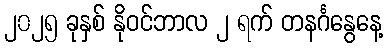
၂၀၂၅ ခုနှစ် နိုဝင်ဘာလ ၂ ရက် တနင်္ဂနွေနေ့